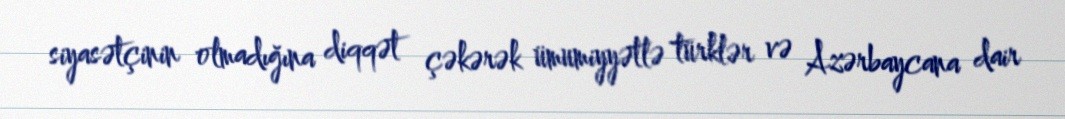
siyasətçinin olmadığına diqqət çəkərək ümumiyyətlə türklər və Azərbaycana dair